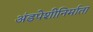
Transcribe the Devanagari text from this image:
अंडपेशीनिर्माता